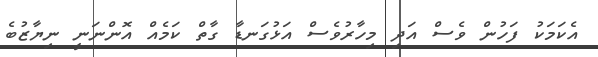
އެކަމަކު ފަހުން ވެސް އަދި މިހާރުވެސް އަޅުގަނޑާ ގާތް ކަމެއް އޮންނަނީ ނިޔާޒުބެ